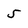
Character: 5